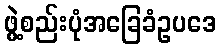
ဖွဲ့စည်းပုံအခြေခံဥပဒေ